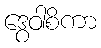
ဒွေဝါစိကာ